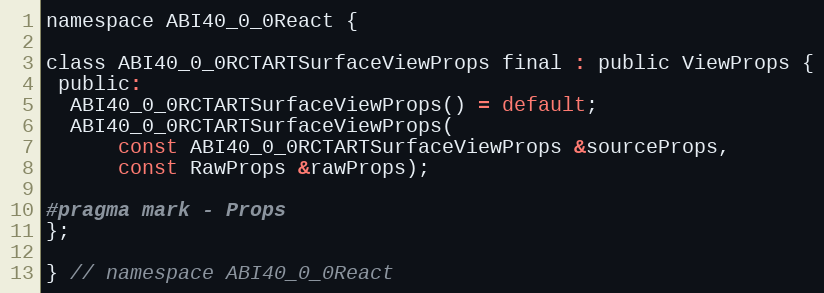
Language: C
namespace ABI40_0_0React {

class ABI40_0_0RCTARTSurfaceViewProps final : public ViewProps {
 public:
  ABI40_0_0RCTARTSurfaceViewProps() = default;
  ABI40_0_0RCTARTSurfaceViewProps(
      const ABI40_0_0RCTARTSurfaceViewProps &sourceProps,
      const RawProps &rawProps);

#pragma mark - Props
};

} // namespace ABI40_0_0React